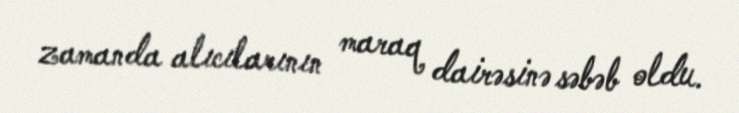
zamanda alıcılarının maraq dairəsinə səbəb oldu.